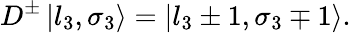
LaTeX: D^{\pm}\left|l_{3},\sigma_{3}\right\rangle=\left|l_{3}\pm 1,\sigma_{3}\mp 1\right\rangle.